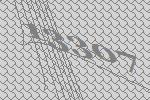
13307